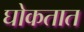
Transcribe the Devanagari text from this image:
घोकतात